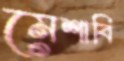
মেশাবি